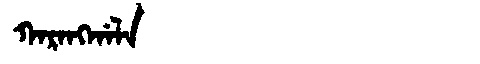
Manchu: ᡴᠠᡵᠠᠩᡤᠠᠯᠠ
Romanization: KARANGGALA